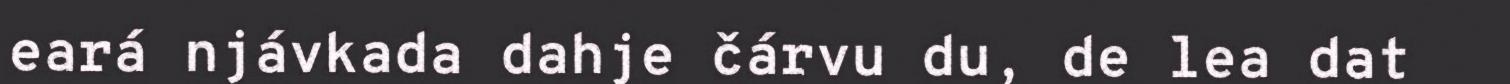
eará njávkada dahje čárvu du, de lea dat